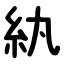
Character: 紈